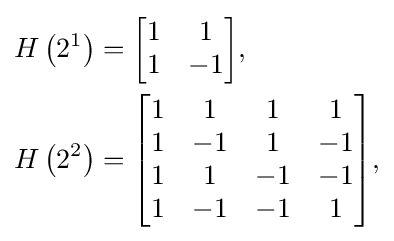
{\begin{aligned}H\left(2^{1}\right)&={\begin{bmatrix}1&1\\1&-1\end{bmatrix}},\\H\left(2^{2}\right)&={\begin{bmatrix}1&1&1&1\\1&-1&1&-1\\1&1&-1&-1\\1&-1&-1&1\\\end{bmatrix}},\end{aligned}}